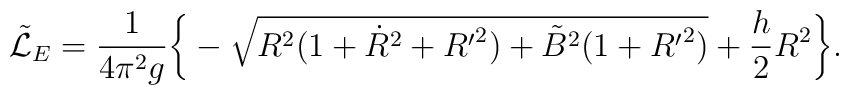
{\tilde {\cal L}_E} = \frac{1}{4\pi^2g}\bigg\{-\sqrt{R^2(1+{\dot R}^2+{R^{\prime}}^2)+{\tilde B}^2(1+{R^{\prime}}^2)}+\frac{h}{2}R^2\bigg\}.